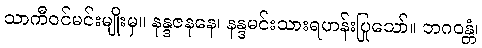
သာကီဝင်မင်းမျိုးမှ။ နန္ဒဇနနေ၊ နန္ဒမင်းသားရဟန်းပြုသော်။ ဘဂဝန္တံ၊